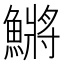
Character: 鱂